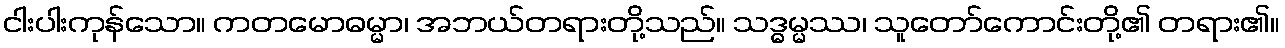
ငါးပါးကုန်သော။ ကတမောဓမ္မာ၊ အဘယ်တရားတို့သည်။ သဒ္ဓမ္မဿ၊ သူတော်ကောင်းတို့၏ တရား၏။